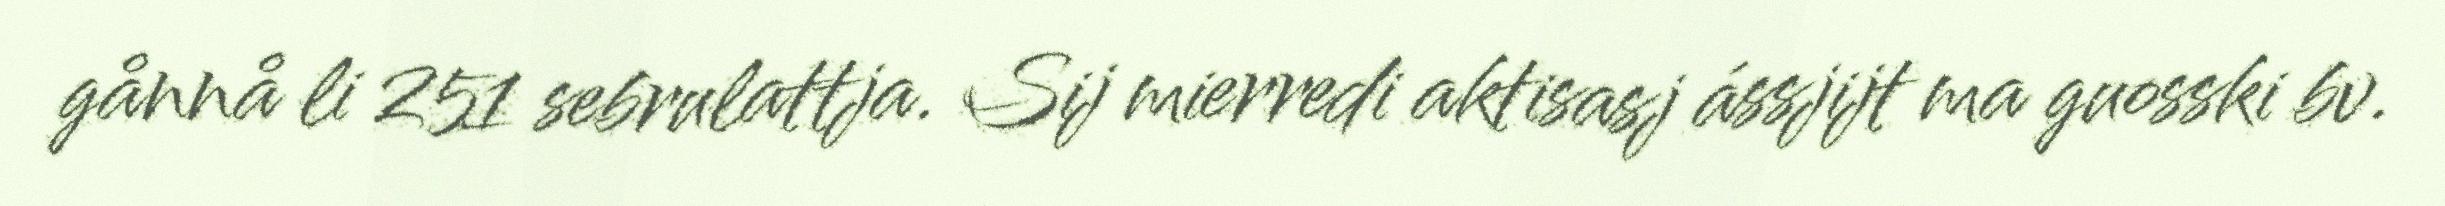
gånnå li 251 sebrulattja. Sij mierredi aktisasj ássjijt ma guosski bv.